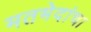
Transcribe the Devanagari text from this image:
मतभेदांचा